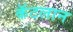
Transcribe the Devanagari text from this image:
कॅटलान